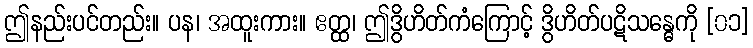
ဤနည်းပင်တည်း။ ပန၊ အထူးကား။ ဧတ္ထ၊ ဤဒွိဟိတ်ကံကြောင့် ဒွိဟိတ်ပဋိသန္ဓေကို [၀၁]